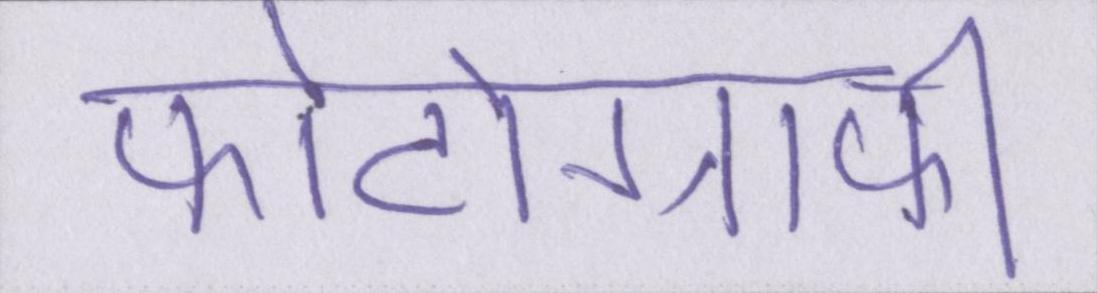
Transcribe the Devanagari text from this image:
फोटोग्राफी